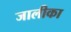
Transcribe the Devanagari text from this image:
जालीका